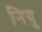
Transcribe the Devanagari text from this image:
नियु